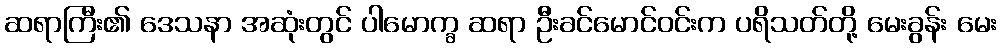
ဆရာကြီး၏ ဒေသနာ အဆုံးတွင် ပါမောက္ခ ဆရာ ဦးခင်မောင်ဝင်းက ပရိသတ်တို့ မေးခွန်း မေး